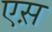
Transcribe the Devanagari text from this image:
एस़